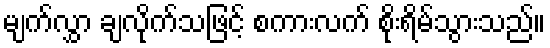
မျက်လွှာ ချလိုက်သဖြင့် စကားလက် စိုးရိမ်သွားသည်။